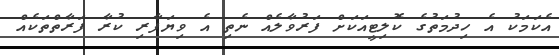
އެކަމަކު އެ ހިދުމަތުގެ ކޮލިޓީއަކަށް ފަރުވާލެއް ނެތި އެ ވިޔަފާރި ކުރާ ފަރާތްތަކެއް